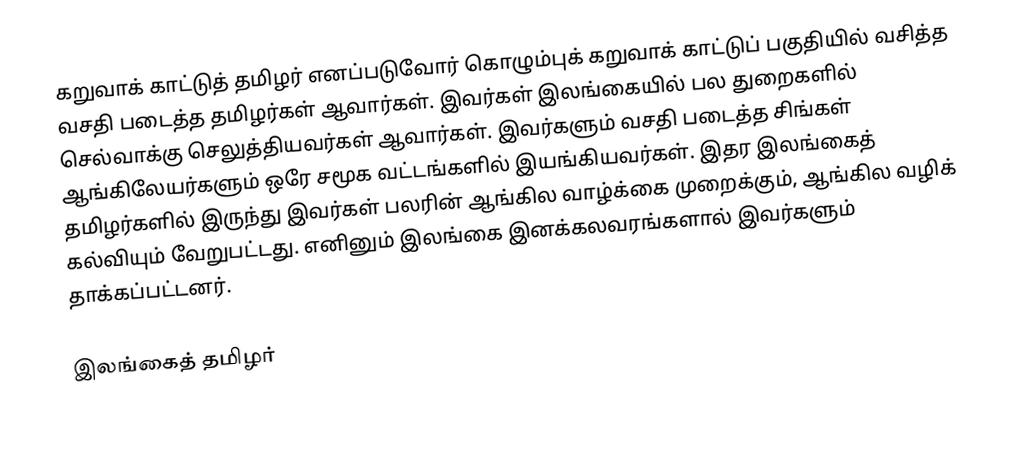
கறுவாக் காட்டுத் தமிழர் எனப்படுவோர் கொழும்புக் கறுவாக் காட்டுப் பகுதியில் வசித்த வசதி படைத்த தமிழர்கள் ஆவார்கள்.  இவர்கள் இலங்கையில் பல துறைகளில் செல்வாக்கு செலுத்தியவர்கள் ஆவார்கள்.  இவர்களும் வசதி படைத்த சிங்கள் ஆங்கிலேயர்களும் ஒரே சமூக வட்டங்களில் இயங்கியவர்கள்.  இதர இலங்கைத் தமிழர்களில் இருந்து இவர்கள் பலரின் ஆங்கில வாழ்க்கை முறைக்கும், ஆங்கில வழிக் கல்வியும் வேறுபட்டது.  எனினும் இலங்கை இனக்கலவரங்களால் இவர்களும் தாக்கப்பட்டனர்.

இலங்கைத் தமிழர்